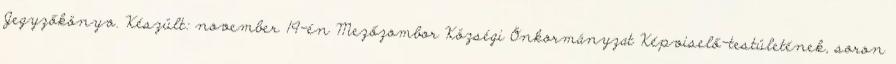
Jegyzőkönyv. Készült: november 19-én Mezőzombor Községi Önkormányzat Képviselő-testületének, soron